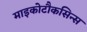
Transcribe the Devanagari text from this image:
माइकोटौकसिन्स